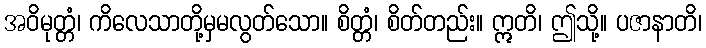
အဝိမုတ္တံ၊ ကိလေသာတို့မှမလွတ်သော။ စိတ္တံ၊ စိတ်တည်း။ ဣတိ၊ ဤသို့။ ပဇာနာတိ၊